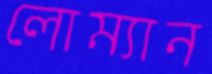
লোম্যান